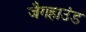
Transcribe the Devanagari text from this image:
जैगहाउंड